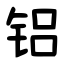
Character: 铝